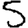
Digit: 5